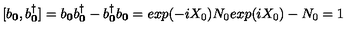
[ b _ { { \bf { 0 } } } , b _ { { \bf { 0 } } } ^ { \dagger } ] = b _ { { \bf { 0 } } } b _ { { \bf { 0 } } } ^ { \dagger } - b _ { { \bf { 0 } } } ^ { \dagger } b _ { { \bf { 0 } } } = e x p ( - i \mathrm { } X _ { 0 } ) \mathrm { } N _ { 0 } \mathrm { } e x p ( i \mathrm { } X _ { 0 } ) - N _ { 0 } = 1